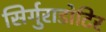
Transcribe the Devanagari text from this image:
सिर्गुराडोटिर